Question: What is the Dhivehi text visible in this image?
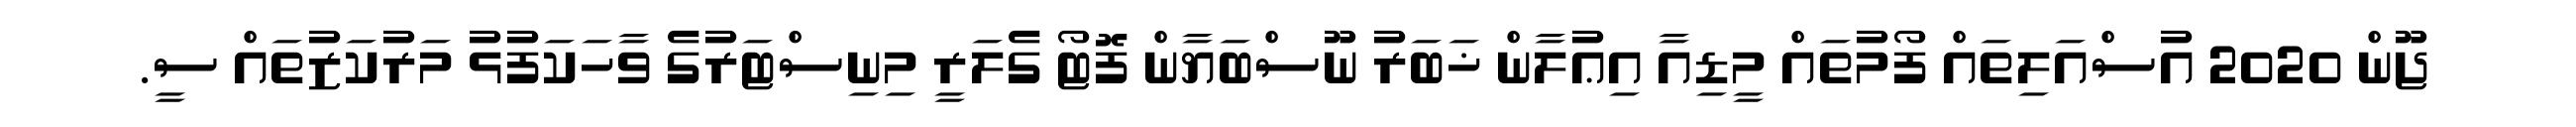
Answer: ޖޫން 2020 އުސްއަލިތައް ފޯމުތައް މީޑިއާ އިޢުލާން ޚަބަރު ނޫސްބަޔާން ފޮޓޯ ގެލަރީ މިނިސްޓަރުގެ ވާހަކަފުޅު މަރުކަޒުތައް ސީ.